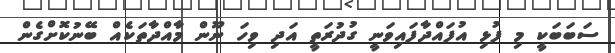
ސަބަބަކީ މި ފުޅި އުފައްދާފައިވަނީ ގުދުރަތީ އަދި ވިހަ ނޫން މާއްދާތަކެއް ބޭނުކޮށްގެން